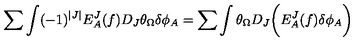
\sum \int ( - 1 ) ^ { | J | } E _ { A } ^ { J } ( f ) D _ { J } \theta _ { \Omega } \delta \phi _ { A } = \sum \int \theta _ { \Omega } D _ { J } \biggl ( E _ { A } ^ { J } ( f ) \delta \phi _ { A } \biggr )